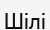
Шілі